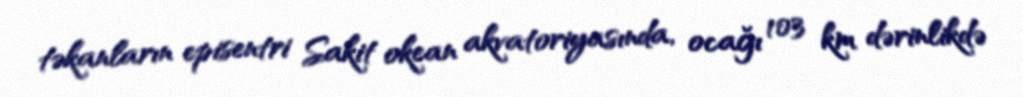
təkanların episentri Sakit okean akvatoriyasında, ocağı 103 km dərinlikdə